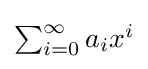
{\textstyle \sum _{i=0}^{\infty }a_{i}x^{i}}